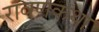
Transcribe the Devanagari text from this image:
रावणकथा